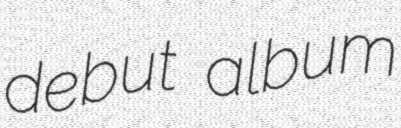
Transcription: debut album